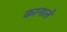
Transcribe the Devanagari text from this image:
कानाले